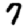
Digit: 7